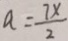
a = \frac { 7 x } { 2 }